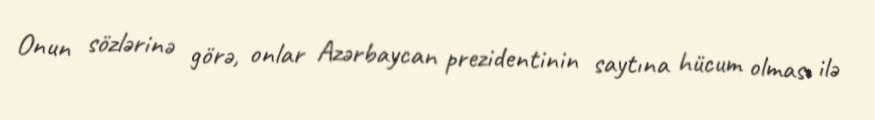
Onun sözlərinə görə, onlar Azərbaycan prezidentinin saytına hücum olması ilə